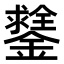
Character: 𨭻